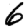
Digit: 6